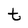
Character: t